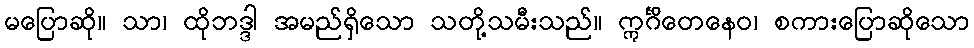
မပြောဆို။ သာ၊ ထိုဘဒ္ဒါ အမည်ရှိသော သတို့သမီးသည်။ ဣင်္ဂိတေနေဝ၊ စကားပြောဆိုသော